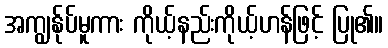
အကျွန်ုပ်မူကား ကိုယ့်နည်းကိုယ့်ဟန်ဖြင့် ပြု၏။